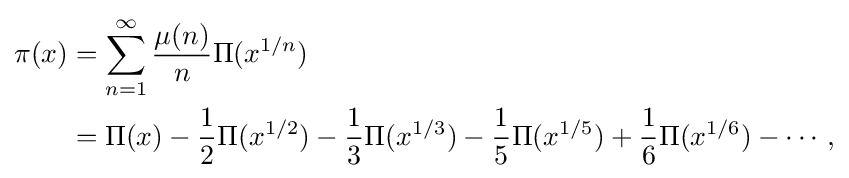
{\begin{aligned}\pi (x)&=\sum _{n=1}^{\infty }{\frac {\mu (n)}{n}}\Pi (x^{1/n})\\&=\Pi (x)-{\frac {1}{2}}\Pi (x^{1/2})-{\frac {1}{3}}\Pi (x^{1/3})-{\frac {1}{5}}\Pi (x^{1/5})+{\frac {1}{6}}\Pi (x^{1/6})-\cdots ,\end{aligned}}